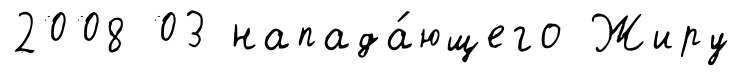
2008 03 напада́ющего Жиру